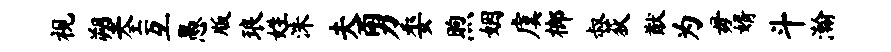
视塑全互愚版琅姓洙夫勇委煦姻虞榔叔荻猷为毋婿斗瀚